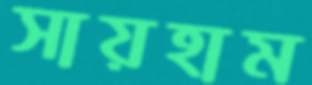
সায়হাম